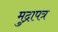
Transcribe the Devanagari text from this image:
मुद्रापत्र